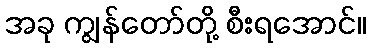
အခု ကျွန်တော်တို့ စီးရအောင်။